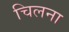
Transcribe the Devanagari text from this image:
चिलना